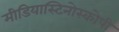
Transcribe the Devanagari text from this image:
मीडियास्टिनोस्कोपी